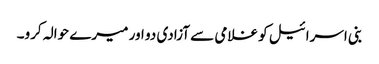
بنی اسرائیل کو غلامی سے آزادی دو اور میرے حوالہ کرو۔